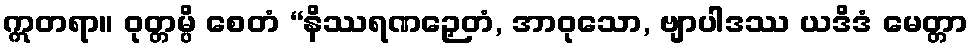
ဣတရာ။ ဝုတ္တမ္ပိ စေတံ “နိဿရဏဉှေတံ, အာဝုသော, ဗျာပါဒဿ ယဒိဒံ မေတ္တာ